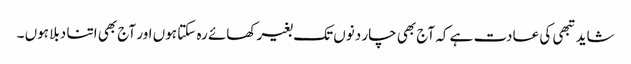
شاید تبھی کی عادت ہے کہ آج بھی چار دنوں تک بغیر کھائے رہ سکتا ہوں اور آج بھی اتنا دبلا ہوں ۔